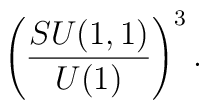
\left(\frac{SU(1,1)}{U(1)}\right)^3.